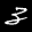
Label: 3